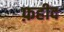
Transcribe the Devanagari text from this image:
फ़हीद